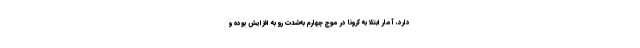
دارد، آمار ابتلا به کرونا در موج چهارم به‌شدت رو به افزایش بوده و